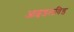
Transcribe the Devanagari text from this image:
आइडलविड